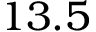
1 3 . 5